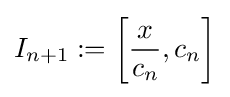
I_{n+1}:=\left[{\frac {x}{c_{n}}},c_{n}\right]